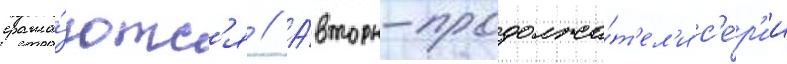
сража́ютс'я // А́вторы-продолжа́т'ел'и с'е́р'ии